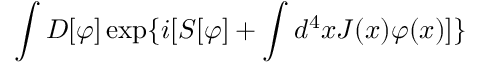
\int { \cal D } [ \varphi ] \exp \{ i [ S [ \varphi ] + \int d ^ { 4 } x J ( x ) \varphi ( x ) ] \}